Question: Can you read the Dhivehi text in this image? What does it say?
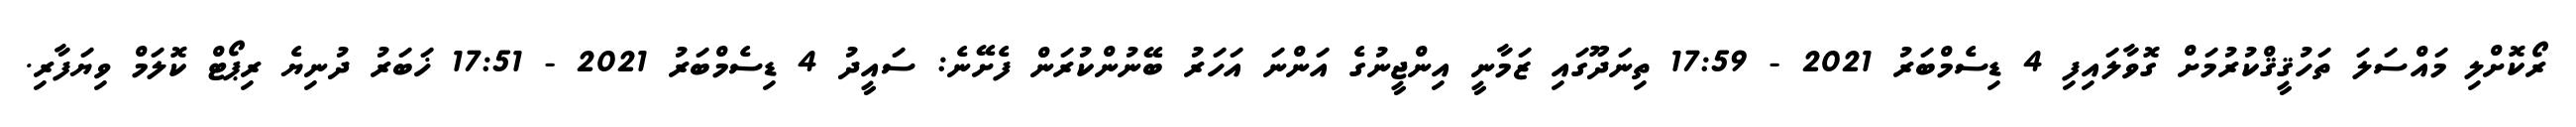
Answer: ރޯކޮށްލި މައްސަލަ ތަހުޤީޤްކުރުމަށް ގޮވާލައިފި 4 ޑިސެމްބަރު 2021 - 17:59 ތިނަދޫގައި ޒަމާނީ އިންޖީނުގެ އަންނަ އަހަރު ބޭނުންކުރަން ފެށޭނެ: ސައީދު 4 ޑިސެމްބަރު 2021 - 17:51 ޚަބަރު ދުނިޔެ ރިޕޯޓް ކޮލަމް ވިޔަފާރި.